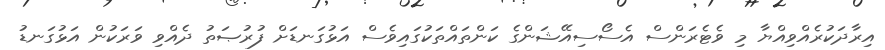
އިރާދަކުރެއްވިއްޔާ މި ވެޓެރަންސް އެސޯސިއޭޝަންގެ ކަންތައްތަކުގައިވެސް އަޅުގަނޑަށް ފުރުޞަތު ދެއްވި ވަރަކުން އަޅުގަނޑު